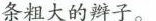
条粗大的辫子。